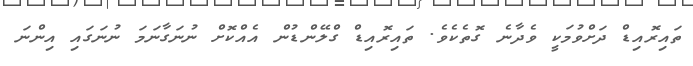
ތައިރޮއިޑް ދަށްވުމަކީ ވެދާނެ ގޮތެކެވެ. ތައިރޮއިޑް ގްލޭންޑުން އެއްކޮށް ނުނަގާނަމަ ނުނަގައި އިންނަ